Plague in India, 1896, 1897 - Volume 2
Year: 1896
Disease focus: Plague
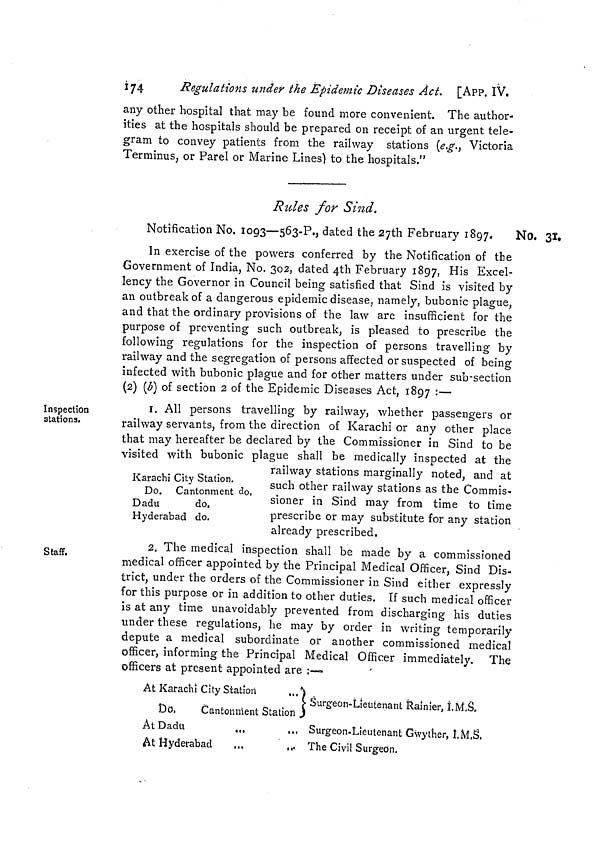
174
Regulations under the Epidemic Diseases Act. [App. IV.
any other hospital that may be found more convenient. The author-
ities at the hospitals should be prepared on receipt of an urgent tele-
gram to convey patients from the railway stations (e.g., Victoria
Terminus, or Parel or Marine Lines) to the hospitals."
Rides for Sind.
Notification No. 1093—563-P,, dated the 27th February 1897.
No. 31,
In exercise of the powers conferred by the Notification of the
Government of India, No. 302, dated 4th February 1897, His Excel-
lency the Governor in Council being satisfied that Sind is visited by
an outbreak of a dangerous epidemic disease, namely, bubonic plague,
and that the ordinary provisions of the law are insufficient for the
purpose of preventing such outbreak, is pleased to prescribe the
following regulations for the inspection of persons travelling by
railway and the segregation of persons affected or suspected of being
infected with bubonic plague and for other matters under sub-section
(2) (b) of section 2 of the Epidemic Diseases Act, 1897 :—
Inspection
stations.
I. All persons travelling by railway, whether passengers or
railway servants, from the direction of Karachi or any other place
that may hereafter be declared by the Commissioner in Sind to be
visited with bubonic plague shall be medically inspected at the
Karachi City Station.
Do. Cantonment do,
Dadu
do.
Hyderabad do.
railway stations marginally noted, and at
such other railway stations as the Commis-
sioner in Sind may from time to time
prescribe or may substitute for any station
already prescribed.
Staff.
2. The medical inspection shall be made by a commissioned
medical officer appointed by the Principal Medical Officer, Sind Dis-
trict, under the orders of the Commissioner in Sind either expressly
for this purpose or in addition to other duties. If such medical officer
is at any time unavoidably prevented from discharging his duties
under these regulations, he may by order in writing temporarily
depute a medical subordinate or another commissioned medical
officer, informing the Principal Medical Officer immediately. The
officers at present appointed are :—
At Karachi City Station
i
,
\ Surgeon-Lieutenant Rainier, I.M.a,
Do.
Cantonment Station )
At Dadu
At Hyderabad
Surgeon.Lieulenant Gwyther, I.M.S.
The Civil Surgeon.